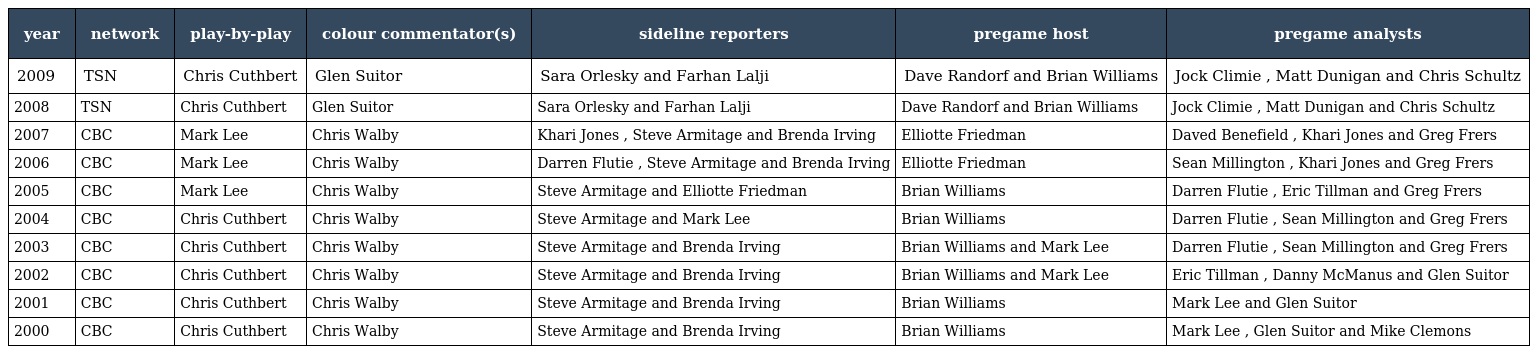
| year | network | play-by-play | colour commentator(s) | sideline reporters | pregame host | pregame analysts |
 | --- | --- | --- | --- | --- | --- | --- |
 | 2009 | TSN | Chris Cuthbert | Glen Suitor | Sara Orlesky and Farhan Lalji | Dave Randorf and Brian Williams | Jock Climie , Matt Dunigan and Chris Schultz |
 | 2008 | TSN | Chris Cuthbert | Glen Suitor | Sara Orlesky and Farhan Lalji | Dave Randorf and Brian Williams | Jock Climie , Matt Dunigan and Chris Schultz |
 | 2007 | CBC | Mark Lee | Chris Walby | Khari Jones , Steve Armitage and Brenda Irving | Elliotte Friedman | Daved Benefield , Khari Jones and Greg Frers |
 | 2006 | CBC | Mark Lee | Chris Walby | Darren Flutie , Steve Armitage and Brenda Irving | Elliotte Friedman | Sean Millington , Khari Jones and Greg Frers |
 | 2005 | CBC | Mark Lee | Chris Walby | Steve Armitage and Elliotte Friedman | Brian Williams | Darren Flutie , Eric Tillman and Greg Frers |
 | 2004 | CBC | Chris Cuthbert | Chris Walby | Steve Armitage and Mark Lee | Brian Williams | Darren Flutie , Sean Millington and Greg Frers |
 | 2003 | CBC | Chris Cuthbert | Chris Walby | Steve Armitage and Brenda Irving | Brian Williams and Mark Lee | Darren Flutie , Sean Millington and Greg Frers |
 | 2002 | CBC | Chris Cuthbert | Chris Walby | Steve Armitage and Brenda Irving | Brian Williams and Mark Lee | Eric Tillman , Danny McManus and Glen Suitor |
 | 2001 | CBC | Chris Cuthbert | Chris Walby | Steve Armitage and Brenda Irving | Brian Williams | Mark Lee and Glen Suitor |
 | 2000 | CBC | Chris Cuthbert | Chris Walby | Steve Armitage and Brenda Irving | Brian Williams | Mark Lee , Glen Suitor and Mike Clemons |